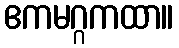
ဧကမဂ္ဂကထာ။